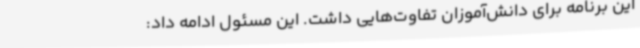
این برنامه برای دانش‌آموزان تفاوت‌هایی داشت. این مسئول ادامه داد: